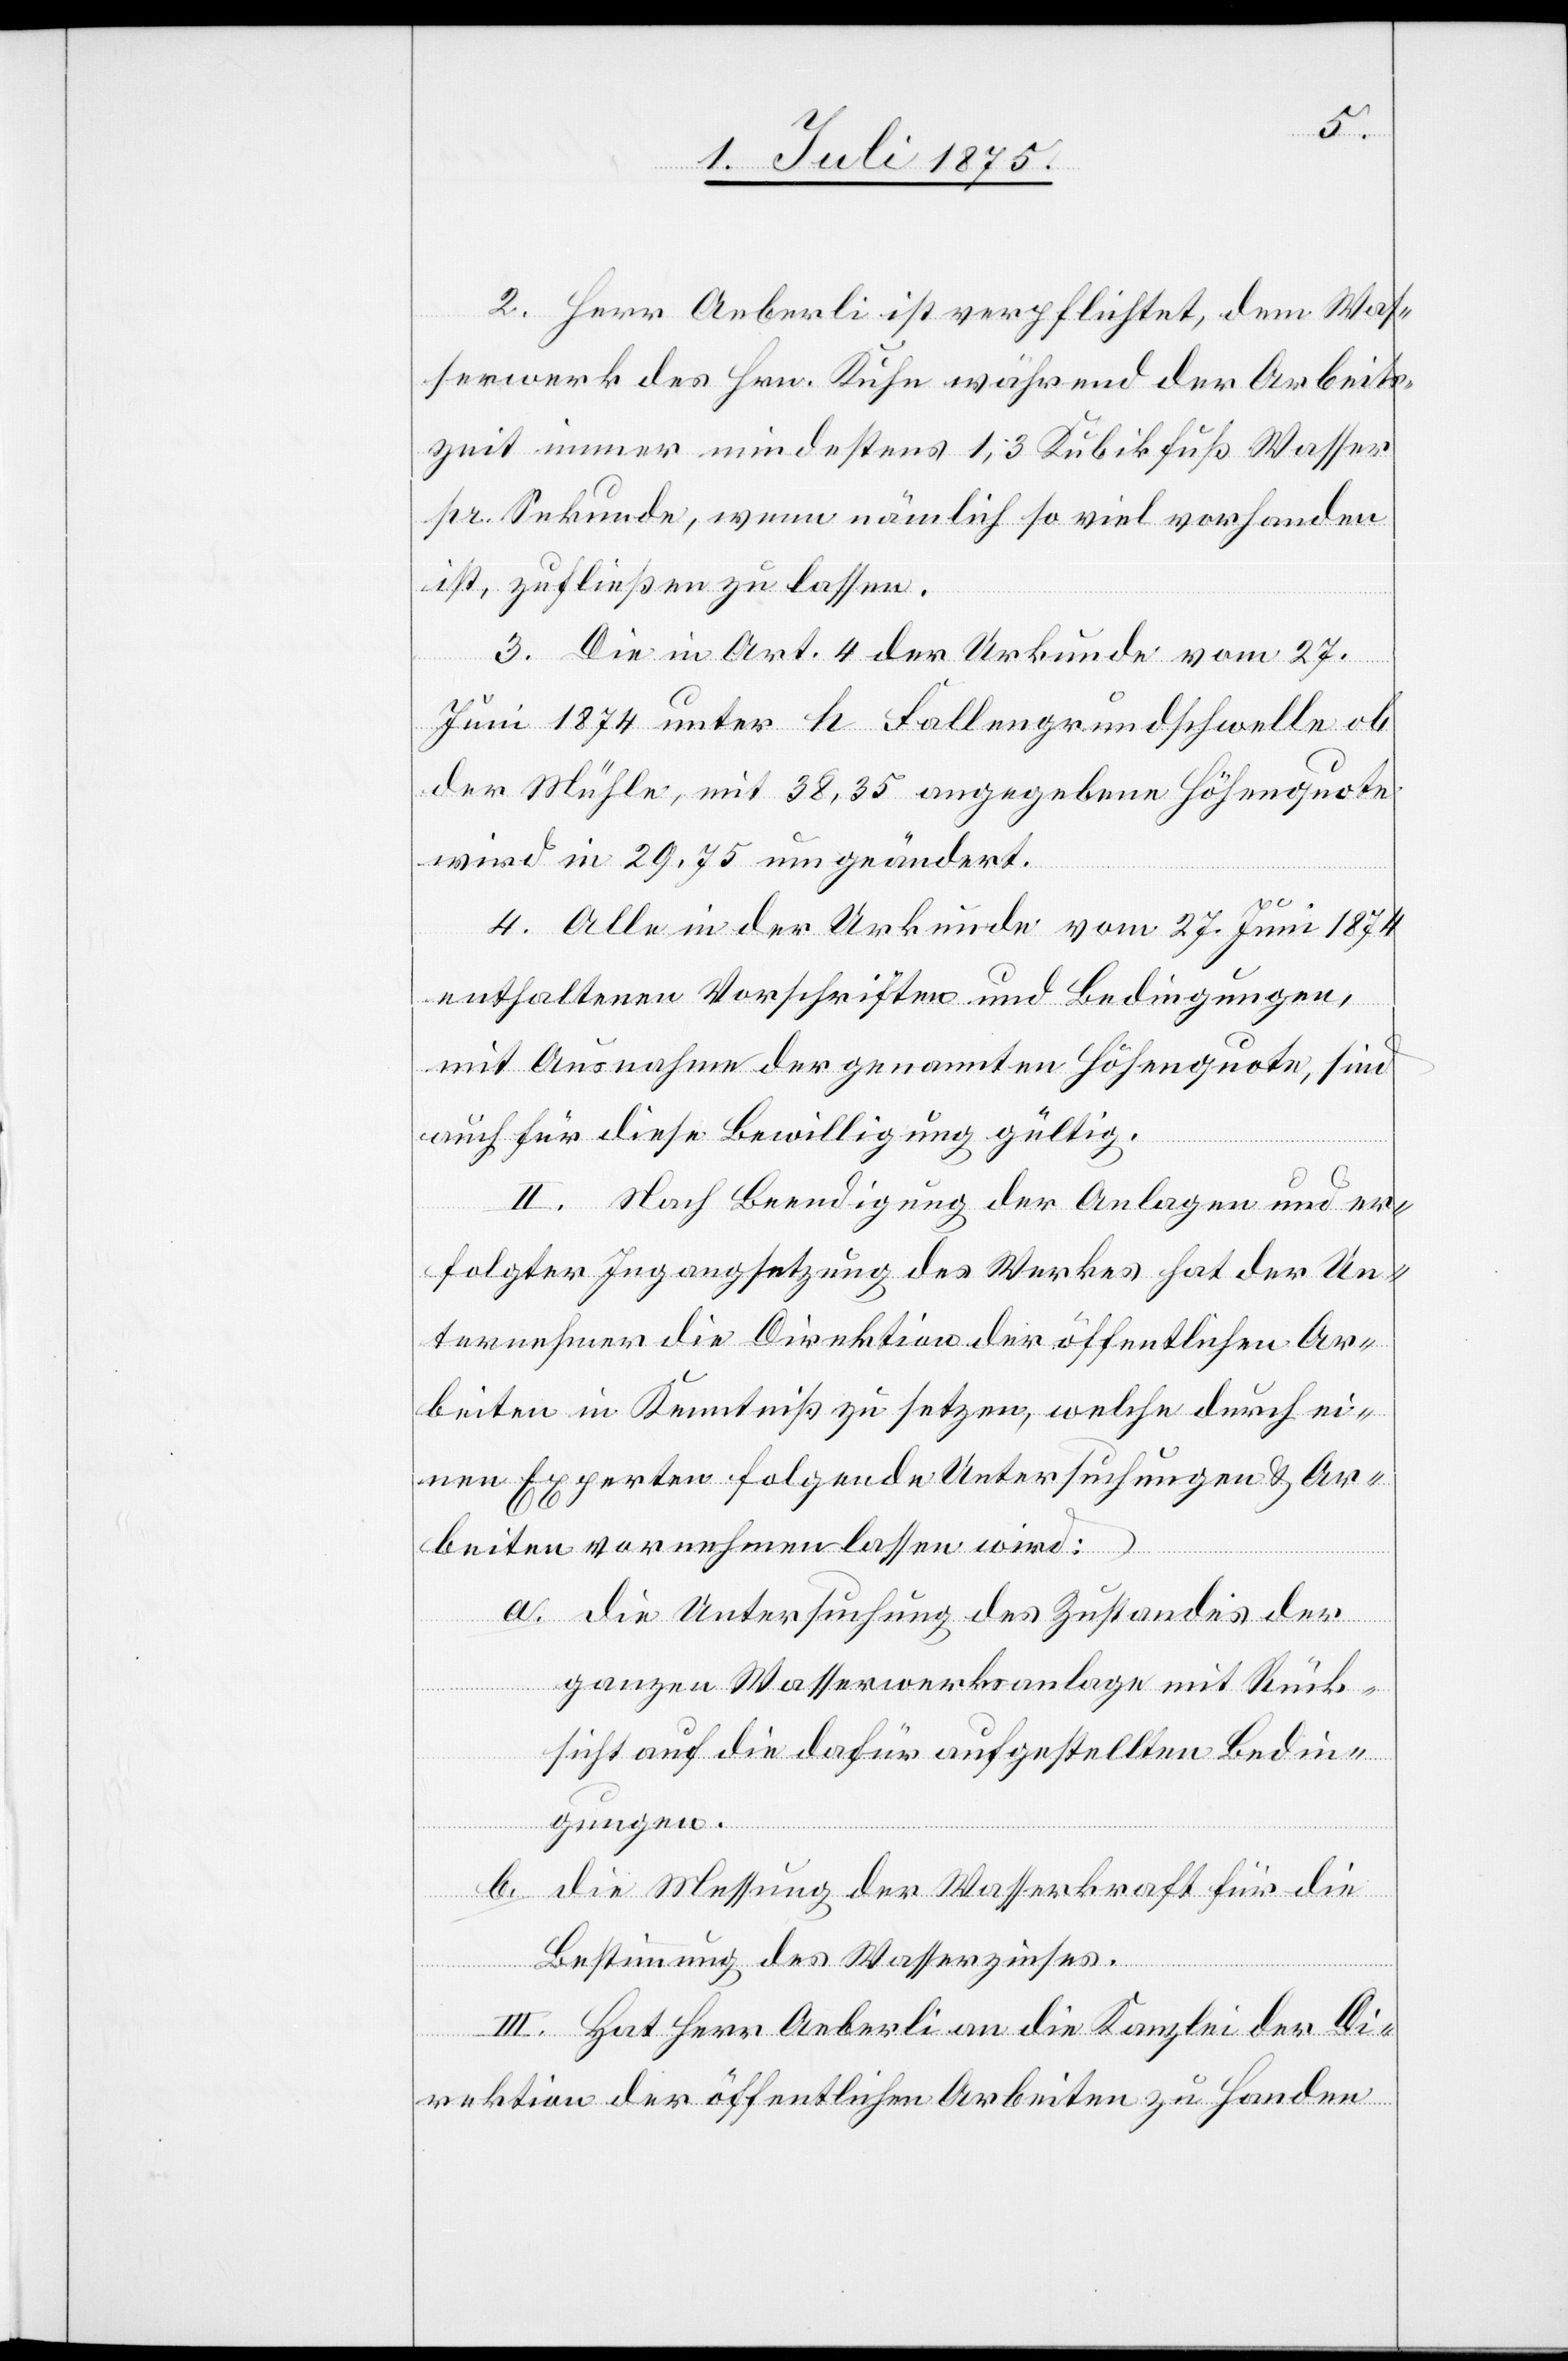
2. Herr Aeberli ist verpflichtet, dem Was¬
serwerk des Hrn. Kuhn während der Arbeits¬
zeit immer mindestens 1,3 Kubikfuß Wasser
pr. Sekunde, wenn nämlich so viel vorhanden
ist, zufließen zu lassen.
3. Die in Art. 4 der Urkunde vom 27.
Juni 1874 unter h Fallengrundschwelle ob
der Mühle, mit 38,35 angegebene Höhenquote
wird in 29,75 umgeändert.
4. Alle in der Urkunde vom 27. Juni 1874
enthaltenen Vorschriften und Bedingungen,
mit Ausnahme der genannten Höhenquote, sind
auch für diese Bewilligung gültig.
II. Nach Beendigung der Anlagen und er¬
folgter Ingangsetzung des Werkes hat der Un¬
ternehmer die Direktion der öffentlichen Ar¬
beiten in Kenntniß zu setzen, welche durch ei¬
nen Experten folgende Untersuchungen & Ar¬
beiten vornehmen lassen wird:
a. die Untersuchung des Zustandes der
ganzen Wasserwerksanlage mit Rück¬
sicht auf die dafür aufgestellten Bedin¬
gungen.
b. die Messung der Wasserkraft für die
Bestimmung des Wasserzinses.
III. Hat Herr Aeberli an die Kanzlei der Di¬
rektion der öffentlichen Arbeiten zu Handen